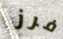
فرز